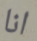
انا